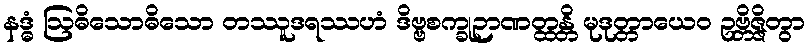
နဒ္ဓံ ဩဓိသောဓိသော တဿူဒရဿဟံ ဒိဗ္ဗစက္ခုဉာဏတ္ထန္တိ မုဒုတ္တာယေဝ ဥဗ္ဘိဇ္ဇိတွာ